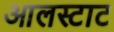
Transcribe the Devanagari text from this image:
आलस्टाट